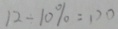
1 2 \div 1 0 \% = 1 2 0